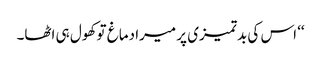
‘‘ اس کی بدتمیزی پر میرا دماغ تو کھول ہی اٹھا۔